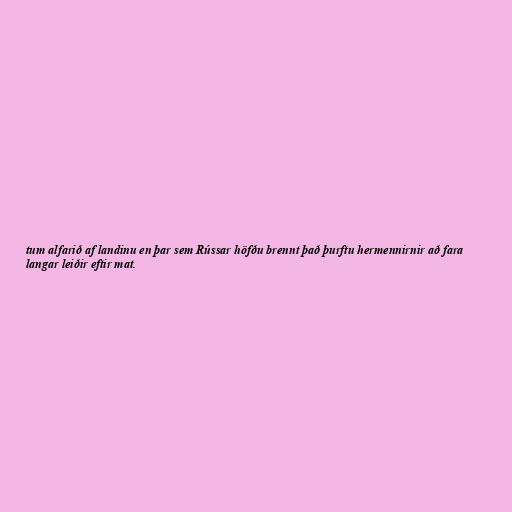
tum alfarið af landinu en þar sem Rússar höfðu brennt það þurftu hermennirnir að fara
langar leiðir eftir mat.